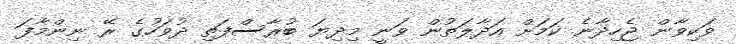
ވަކިވާން ޖެހިދާނެ ކަމަށް އަދާލަތުން ވަނީ މިދިޔަ ބުރާސްފަތި ދުވަހުގެ ރޭ ނިންމާފަ